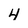
Character: 4